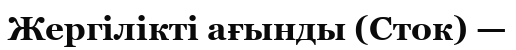
Жергілікті ағынды (Сток) —